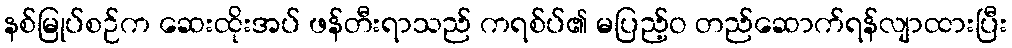
နစ်မြုပ်စဉ်က ဆေးထိုးအပ် ဖန်တီးရာသည် ကရစ်ပ်၏ မပြည့်ဝ တည်ဆောက်ရန်လျာထားပြီး